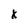
Character: x